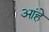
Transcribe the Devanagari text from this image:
आंहे